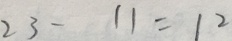
2 3 - 1 1 = 1 2